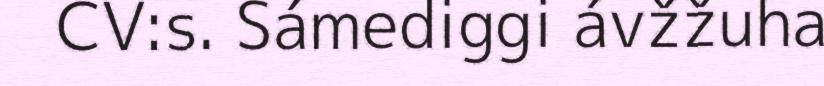
CV:s. Sámediggi ávžžuha